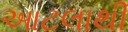
આટલાથી